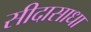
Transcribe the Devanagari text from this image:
सीदासाधा